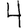
Digit: 4